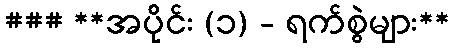
### **အပိုင်း (၁) - ရက်စွဲများ**